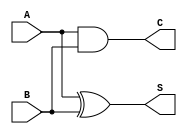
`timescale 1ns/1ns

module add_half(
   input                A   ,
   input                B   ,
 
   output	wire        S   ,
   output   wire        C   
);

assign S = A ^ B;
assign C = A & B;
endmodule

/***************************************************************/
module add_full(
   input                A   ,
   input                B   ,
   input                Ci  , 

   output	wire        S   ,
   output   wire        Co   
);
wire S_1, C_1, C_2;
add_half add1(A, B, S_1, C_1);
add_half add2(S_1, Ci, S, C_2);
assign Co = C_1 | C_2;
endmodule